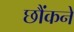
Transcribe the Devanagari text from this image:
छौंकने